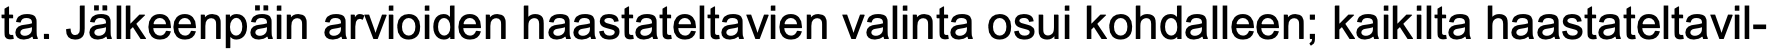
ta. Jälkeenpäin arvioiden haastateltavien valinta osui kohdalleen; kaikilta haastateltavil-